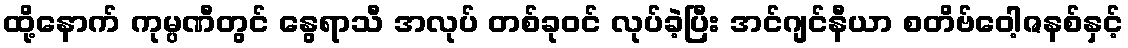
ထို့နောက် ကုမ္ပဏီတွင် နွေရာသီ အလုပ် တစ်ခုဝင် လုပ်ခဲ့ပြီး အင်ဂျင်နီယာ စတိဗ်ဝေါ့ဇနစ်နှင့်